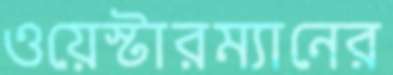
ওয়েস্টারম্যানের